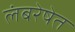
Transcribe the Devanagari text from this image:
लंबरेषेत